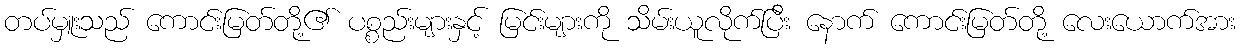
တပ်မှူးသည် ကောင်းမြတ်တို့၏ ပစ္စည်းများနှင့် မြင်းများကို သိမ်းယူလိုက်ပြီး နောက် ကောင်းမြတ်တို့ လေးယောက်အား